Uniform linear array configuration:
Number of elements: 8
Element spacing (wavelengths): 0.75
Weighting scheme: hamming
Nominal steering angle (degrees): -30
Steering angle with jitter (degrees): -30.215
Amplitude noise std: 0.05
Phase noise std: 0.05

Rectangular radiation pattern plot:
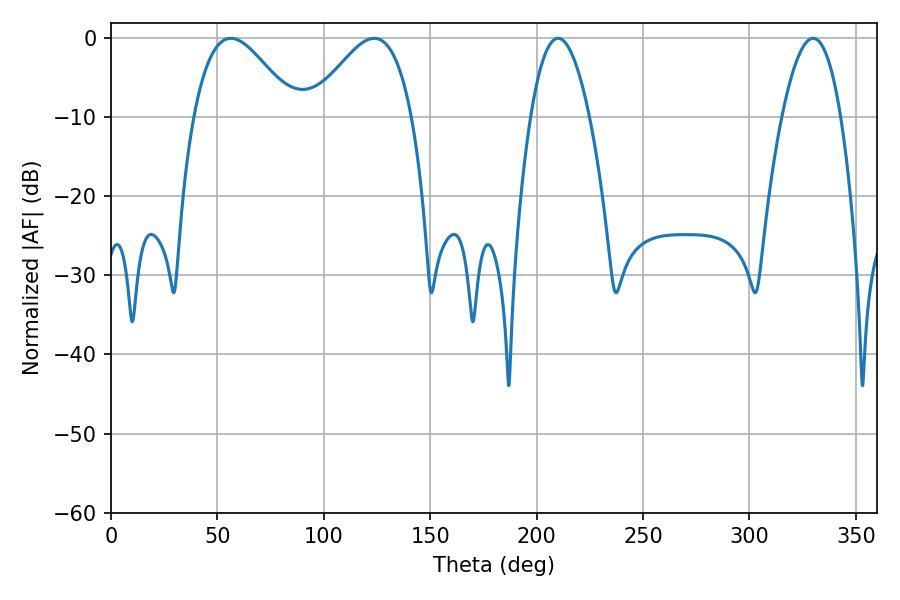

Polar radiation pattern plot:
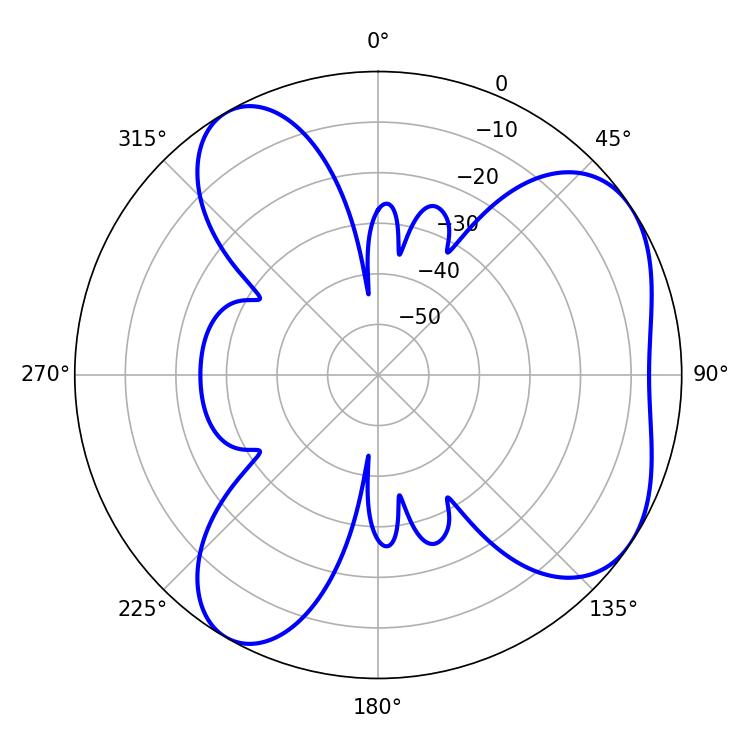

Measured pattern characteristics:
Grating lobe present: TRUE
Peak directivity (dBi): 5.515
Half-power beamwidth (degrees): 25.38
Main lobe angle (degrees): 56.34